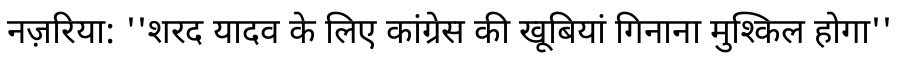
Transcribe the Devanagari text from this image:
नज़रिया: ''शरद यादव के लिए कांग्रेस की खूबियां गिनाना मुश्किल होगा''